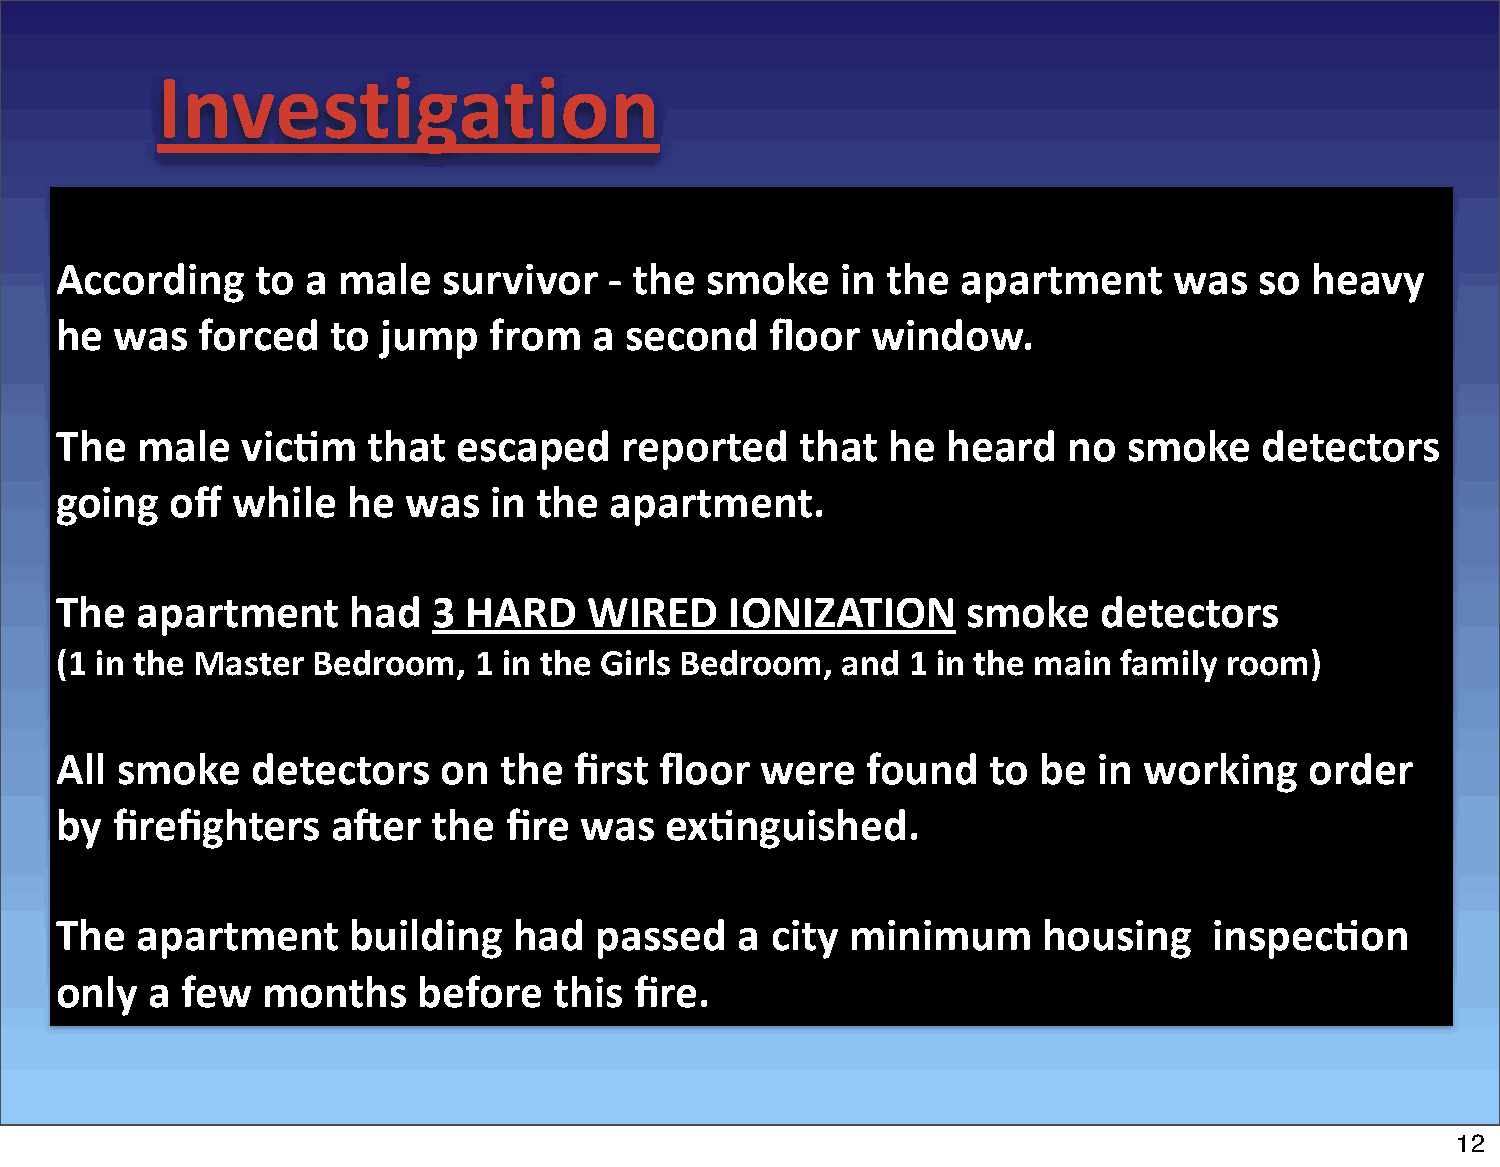
Investigation
 According    to a male   survivor   -­‐ the smoke   in the  apartment     was  so  heavy
 he  was  forced   to jump   from   a second    floor  window.
 The  male   vic=m   that  escaped    reported    that  he  heard   no  smoke    detectors
 going  off while   he  was  in  the apartment.
 The  apartment     had   3 HARD    WIRED    IONIZATION      smoke    detectors
 (1 in the Master Bedroom,  1 in the Girls Bedroom,  and 1 in the main family room)
 All smoke    detectors   on  the  first floor were   found    to be  in working    order
 by firefighters   aKer   the fire was   ex=nguished.
 The  apartment     building   had  passed    a city minimum      housing    inspec=on
 only  a few  months     before   this fire.
 12